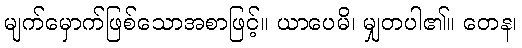
မျက်မှောက်ဖြစ်သောအစာဖြင့်။ ယာပေမိ၊ မျှတပါ၏။ တေန၊